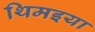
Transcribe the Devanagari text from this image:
थिमइया